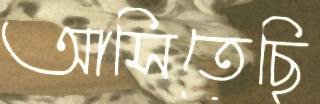
আসিতেছি